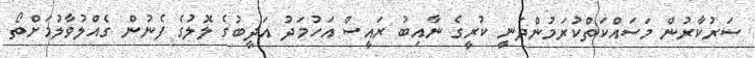
ސަރުކާރުން މަސައްކަތްކުރަމުންދަނީ ކުރީގެ ނާއިބު ރައީސް އަހުމަދު އަދީބުގެ ލޮލުގެ ފެނުން ގެއްލުވާލުމަށްތޯ